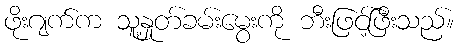
ဖိုးဂျက်က သူ့နှုတ်ခမ်းမွေးကို ဘီးဖြင့်ဖြီးသည်။